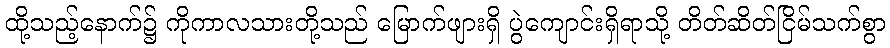
ထို့သည့်နောက်၌ ကိုကာလသားတို့သည် မြောက်ဖျားရှိ ပွဲကျောင်းရှိရာသို့ တိတ်ဆိတ်ငြိမ်သက်စွာ